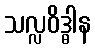
သလ္လဝိဒ္ဓါန